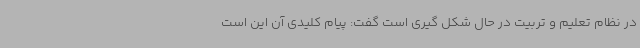
در نظام تعلیم و تربیت در حال شکل گیری است گفت: پیام کلیدی آن این است